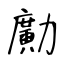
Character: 𠢹